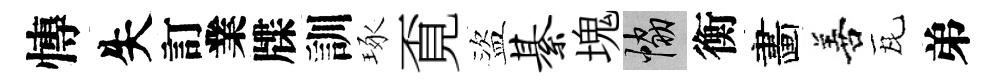
慱失訂業牒訓琢覔盜綦塊協衡畵善瓦弟